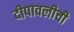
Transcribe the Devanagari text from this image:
दीपावलीची